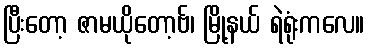
ပြီးတော့ ဇာမယိုတော့ဗ်၊ မြို့နယ် ရဲရုံးကလေ။